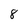
Character: 8